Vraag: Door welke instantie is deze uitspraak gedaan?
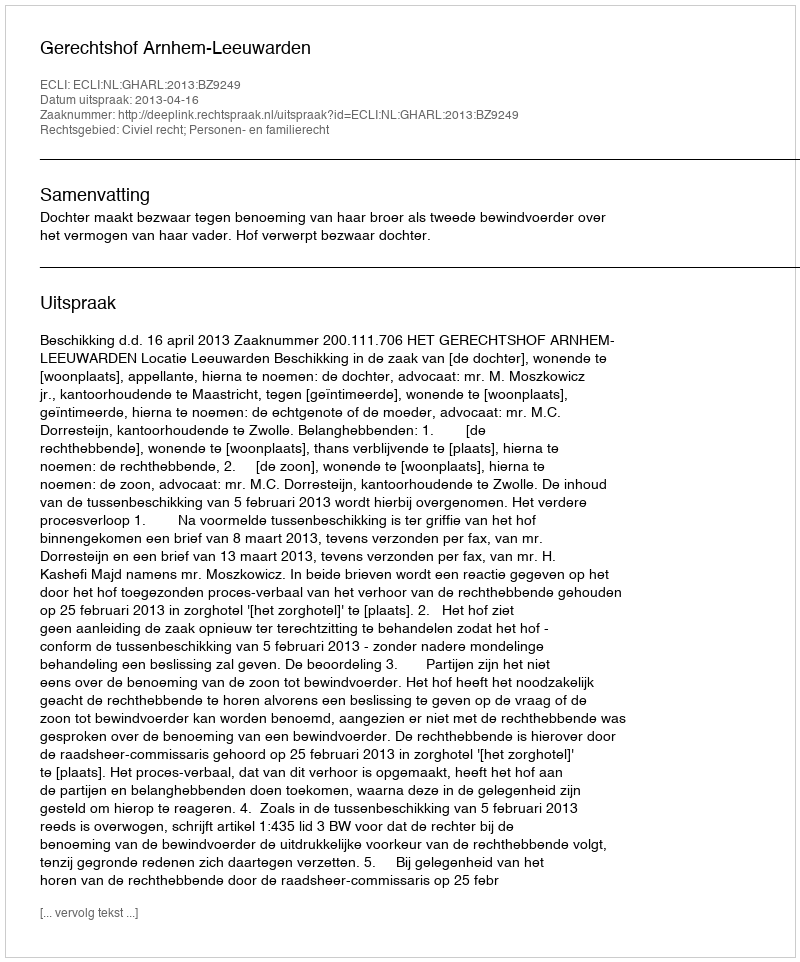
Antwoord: Gerechtshof Arnhem-Leeuwarden